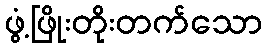
ဖွံ့ဖြိုးတိုးတက်သော